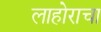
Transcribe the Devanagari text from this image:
लाहोराचा